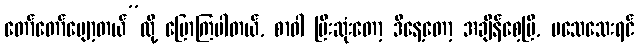
တော်တော်ပျော့တယ်”လို့ ပြောကြပါတယ်, စာဝါ ပြီးဆုံးတော့ ဒီနေ့တော့ အချိန်စေ့ပြီ, မသေသေးရင်